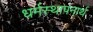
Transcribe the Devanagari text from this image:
धर्मस्थापनार्थ